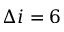
\Delta i = 6